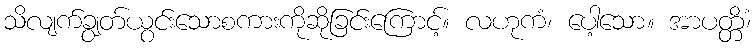
သိလျက်ချွတ်ယွင်းသောစကားကိုဆိုခြင်းကြောင့်။ လဟုကံ၊ ပေါ့သော။ အာပတ္တိံ၊